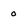
Character: o